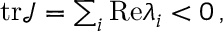
\begin{array} { r } { \mathrm { t r } \mathcal { J } = \sum _ { i } \mathrm { R e } \lambda _ { i } < 0 \, , } \end{array}